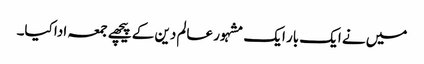
میں نے ایک بار ایک مشہور عالم دین کے پیچھے جمعہ ادا کیا۔